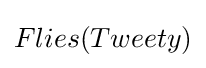
Flies(Tweety)